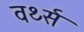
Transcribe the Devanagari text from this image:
वर्थ्स